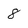
Character: 8